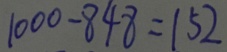
1 0 0 0 - 8 4 8 = 1 5 2